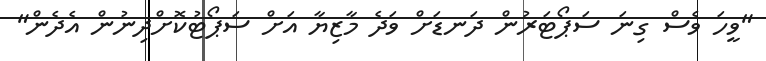
"ވީހަ ވެސް ގިނަ ސަޕޯޓަރުން ދަނޑަށް ވަދެ މާޒިޔާ އަށް ސަޕޯޓުކޮށްދިނުން އެދެން"